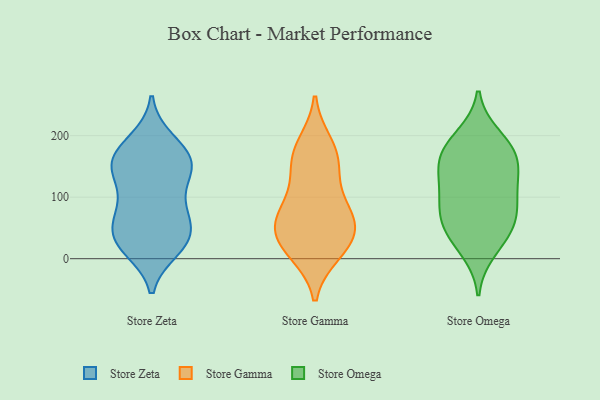
{"axis": {"x": "Headcount", "y": "Value"}, "legend": ["Store Gamma", "Store Omega", "Store Zeta"], "data": [{"x": "", "y": 33, "type": "Store Zeta"}, {"x": "", "y": 16, "type": "Store Zeta"}, {"x": "", "y": 60, "type": "Store Zeta"}, {"x": "", "y": 146, "type": "Store Zeta"}, {"x": "", "y": 192, "type": "Store Zeta"}, {"x": "", "y": 185, "type": "Store Zeta"}, {"x": "", "y": 167, "type": "Store Zeta"}, {"x": "", "y": 83, "type": "Store Zeta"}, {"x": "", "y": 80, "type": "Store Zeta"}, {"x": "", "y": 157, "type": "Store Zeta"}, {"x": "", "y": 25, "type": "Store Zeta"}, {"x": "", "y": 154, "type": "Store Zeta"}, {"x": "", "y": 41, "type": "Store Zeta"}, {"x": "", "y": 19, "type": "Store Zeta"}, {"x": "", "y": 147, "type": "Store Zeta"}, {"x": "", "y": 39, "type": "Store Zeta"}, {"x": "", "y": 151, "type": "Store Zeta"}, {"x": "", "y": 124, "type": "Store Zeta"}, {"x": "", "y": 83, "type": "Store Zeta"}, {"x": "", "y": 47, "type": "Store Gamma"}, {"x": "", "y": 96, "type": "Store Gamma"}, {"x": "", "y": 155, "type": "Store Gamma"}, {"x": "", "y": 54, "type": "Store Gamma"}, {"x": "", "y": 24, "type": "Store Gamma"}, {"x": "", "y": 186, "type": "Store Gamma"}, {"x": "", "y": 146, "type": "Store Gamma"}, {"x": "", "y": 54, "type": "Store Gamma"}, {"x": "", "y": 10, "type": "Store Gamma"}, {"x": "", "y": 61, "type": "Store Gamma"}, {"x": "", "y": 173, "type": "Store Gamma"}, {"x": "", "y": 86, "type": "Store Gamma"}, {"x": "", "y": 13, "type": "Store Gamma"}, {"x": "", "y": 189, "type": "Store Omega"}, {"x": "", "y": 199, "type": "Store Omega"}, {"x": "", "y": 119, "type": "Store Omega"}, {"x": "", "y": 78, "type": "Store Omega"}, {"x": "", "y": 120, "type": "Store Omega"}, {"x": "", "y": 162, "type": "Store Omega"}, {"x": "", "y": 13, "type": "Store Omega"}, {"x": "", "y": 171, "type": "Store Omega"}, {"x": "", "y": 145, "type": "Store Omega"}, {"x": "", "y": 38, "type": "Store Omega"}, {"x": "", "y": 161, "type": "Store Omega"}, {"x": "", "y": 65, "type": "Store Omega"}, {"x": "", "y": 70, "type": "Store Omega"}, {"x": "", "y": 42, "type": "Store Omega"}, {"x": "", "y": 97, "type": "Store Omega"}]}